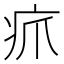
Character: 𪽫